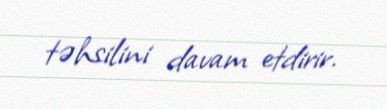
təhsilini davam etdirir.